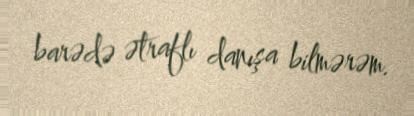
barədə ətraflı danışa bilmərəm.